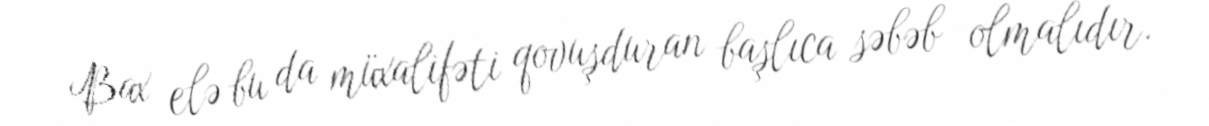
Bax elə bu da müxalifəti qovuşduran başlıca səbəb olmalıdır.